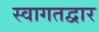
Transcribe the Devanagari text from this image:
स्वागतद्वार